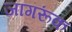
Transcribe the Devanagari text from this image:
जागरूंक